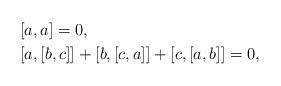
LaTeX: \begin{align*}&[a,a]=0,\\&[a,[b,c]]+[b,[c,a]]+[c,[a,b]]=0,\end{align*}